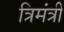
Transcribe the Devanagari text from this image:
त्रिमंत्री